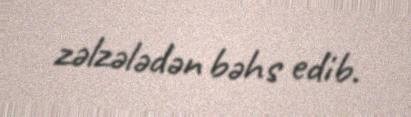
zəlzələdən bəhs edib.